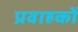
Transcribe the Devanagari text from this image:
प्रवाहकों